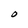
Character: O